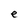
Character: e